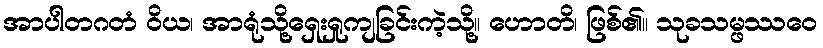
အာပါတဂတံ ဝိယ၊ အာရုံသို့ရှေးရှုကျခြင်းကဲ့သို့။ ဟောတိ၊ ဖြစ်၏။ သုခသမ္ဖဿဝေ